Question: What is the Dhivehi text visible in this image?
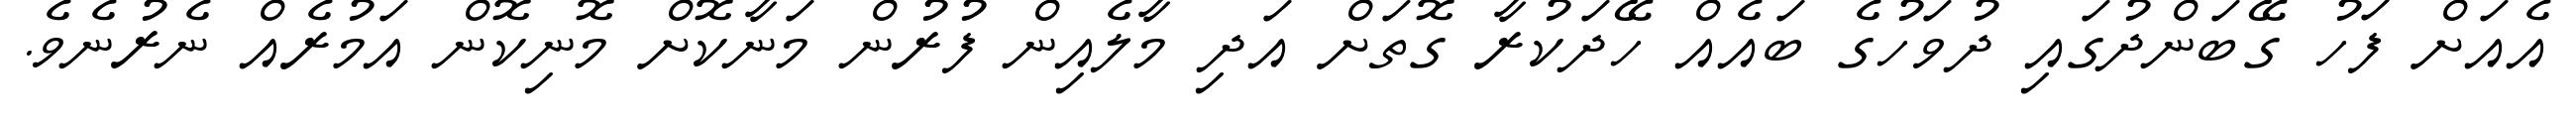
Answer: އެއަށް ފަހު ގޭބަންދުގައި ދުވަހުގެ ބައެއް ހޭދަކުރާ ގޮތަށް އަދި މާލެއިން ފުރުން މަނާކޮށް މޮނިކޮން އަމުރެއް ނެރުނެވެ.